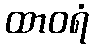
ထာဝရံ